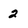
Character: 2